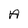
Character: A